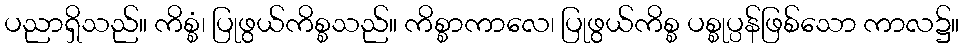
ပညာရှိသည်။ ကိစ္စံ၊ ပြုဖွယ်ကိစ္စသည်။ ကိစ္စာကာလေ၊ ပြုဖွယ်ကိစ္စ ပစ္စုပ္ပန်ဖြစ်သော ကာလ၌။